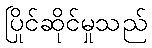
ပြိုင်ဆိုင်မှုသည်